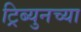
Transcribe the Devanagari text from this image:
ट्रिब्युनच्या